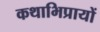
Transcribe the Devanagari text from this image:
कथाभिप्रायों